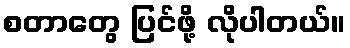
စတာတွေ ပြင်ဖို့ လိုပါတယ်။